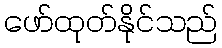
ဖော်ထုတ်နိုင်သည်